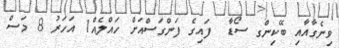
ވިނެގާއާއި ބޭކިންގ ސޯޑާ  ފައިގެ ފަންގަސްއަށް ހައްލެއް1 އަހަރު 8 މަސް